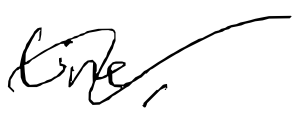
Text: line,
Cross-out: wave
Writing tool: digital_black